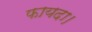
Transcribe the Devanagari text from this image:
फायदा।